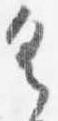
具